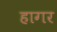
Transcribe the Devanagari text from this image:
हागर